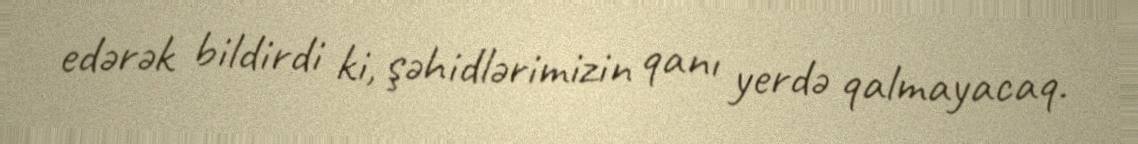
edərək bildirdi ki, şəhidlərimizin qanı yerdə qalmayacaq.